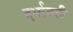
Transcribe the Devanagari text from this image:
दर्भावती